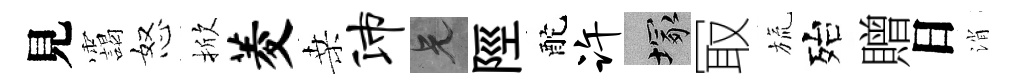
見靄怒掀菱桑沛兄陘酡许塚冣旒殆贈日消